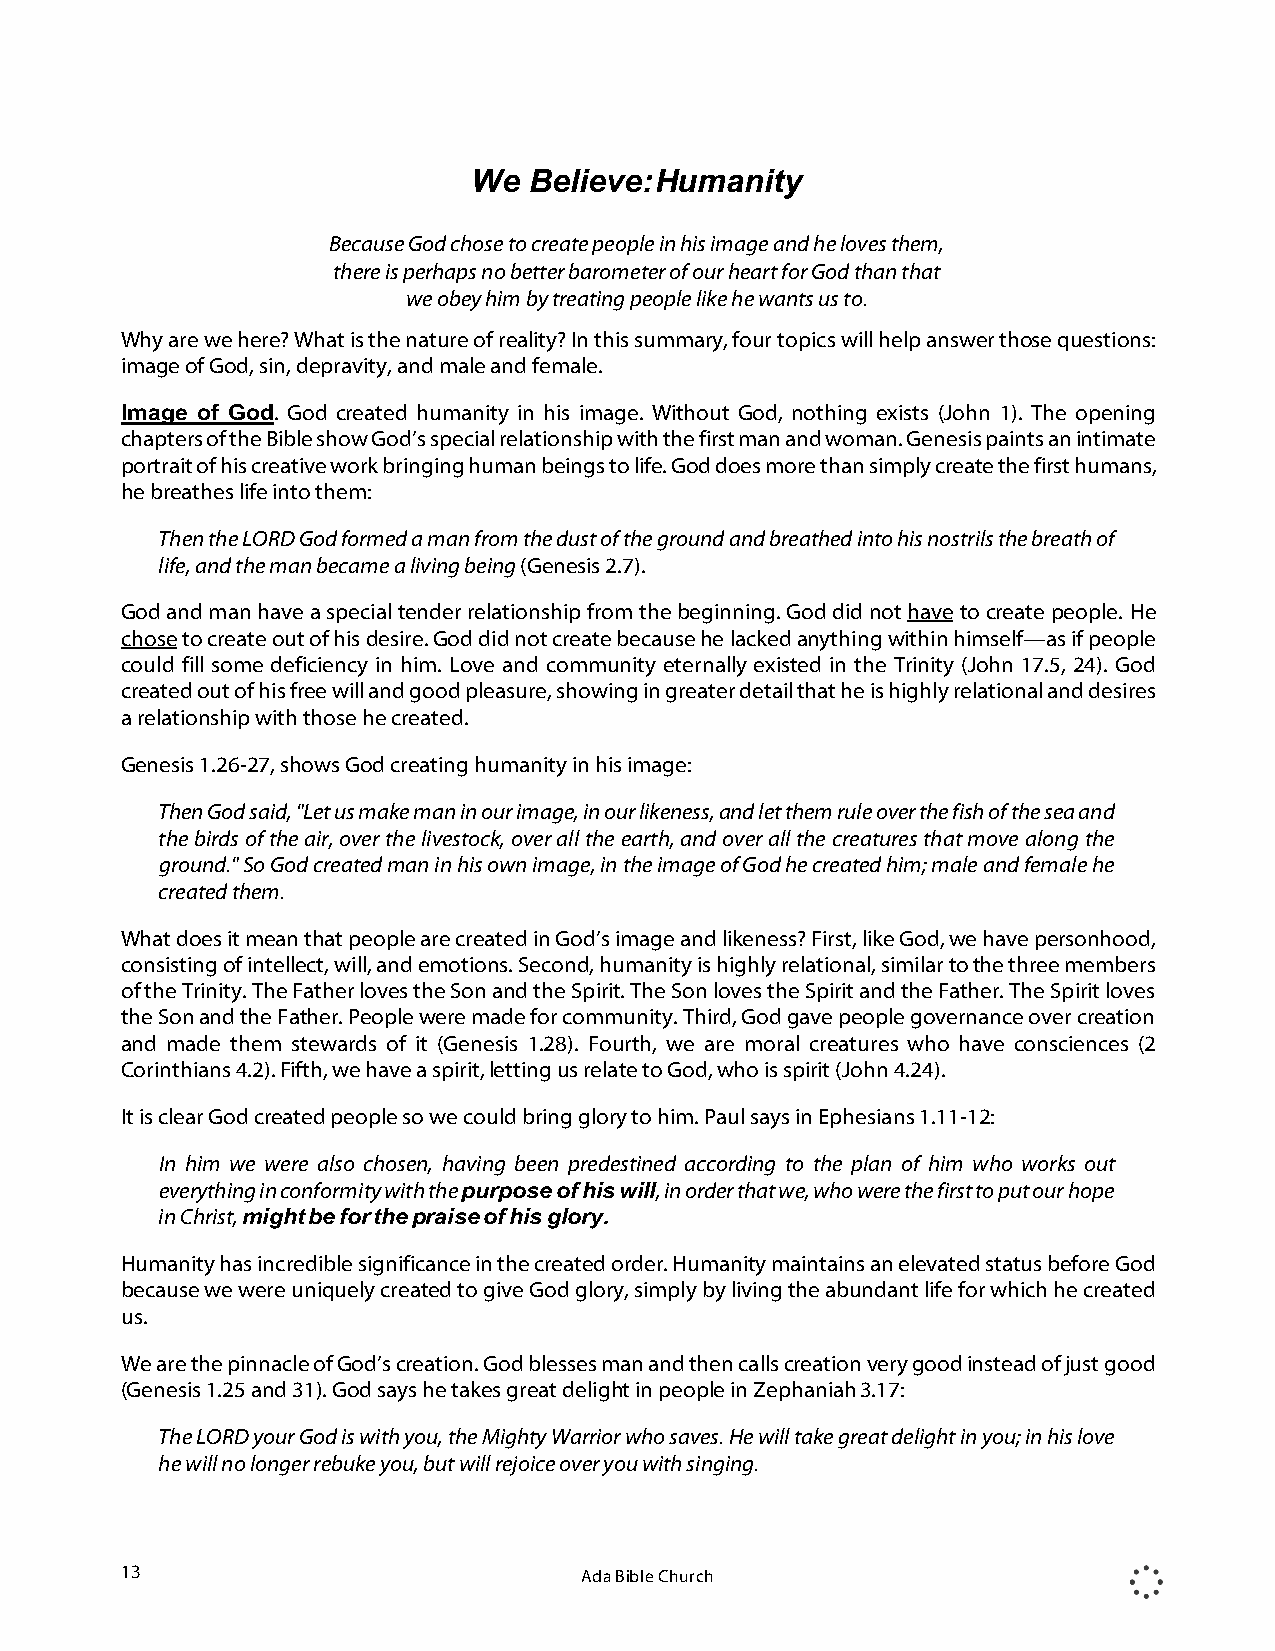
We  Believe: Humanity
 Because God chose to create people in his image and he loves them,
 there is perhaps no better barometer of our heart for God than that
 we obey him by treating people like he wants us to.
 Why are we here? What is the nature of reality? In this summary, four topics will help answer those questions:
 image of God, sin, depravity, and male and female.
 Image of God. God created humanity in his image. Without God, nothing exists (John 1). The opening
 chapters of the Bible show God’s special relationship with the first man and woman. Genesis paints an intimate
 portrait of his creative work bringing human beings to life. God does more than simply create the first humans,
 he breathes life into them:
 Then the LORD God formed a man from the dust of the ground and breathed into his nostrils the breath of
 life, and the man became a living being (Genesis 2.7).
 God and man have a special tender relationship from the beginning. God did not have to create people. He
 chose to create out of his desire. God did not create because he lacked anything within himself—as if people
 could fill some deficiency in him. Love and community eternally existed in the Trinity (John 17.5, 24). God
 created out of his free will and good pleasure, showing in greater detail that he is highly relational and desires
 a relationship with those he created.
 Genesis 1.26-27, shows God creating humanity in his image:
 Then God said, "Let us make man in our image, in our likeness, and let them rule over the fish of the sea and
 the birds of the air, over the livestock, over all the earth, and over all the creatures that move along the
 ground." So God created man in his own image, in the image of God he created him; male and female he
 created them.
 What does it mean that people are created in God’s image and likeness? First, like God, we have personhood,
 consisting of intellect, will, and emotions. Second, humanity is highly relational, similar to the three members
 of the Trinity. The Father loves the Son and the Spirit. The Son loves the Spirit and the Father. The Spirit loves
 the Son and the Father. People were made for community. Third, God gave people governance over creation
 and made them stewards of it (Genesis 1.28). Fourth, we are moral creatures who have consciences (2
 Corinthians 4.2). Fifth, we have a spirit, letting us relate to God, who is spirit (John 4.24).
 It is clear God created people so we could bring glory to him. Paul says in Ephesians 1.11-12:
 In him we were also chosen, having been predestined according to the plan of him who works out
 everything in conformity with the purpose of his will, in order that we, who were the first to put our hope
 in Christ, might be for the praise of his glory.
 Humanity has incredible significance in the created order. Humanity maintains an elevated status before God
 because we were uniquely created to give God glory, simply by living the abundant life for which he created
 us.
 We are the pinnacle of God’s creation. God blesses man and then calls creation very good instead of just good
 (Genesis 1.25 and 31). God says he takes great delight in people in Zephaniah 3.17:
 The LORD your God is with you, the Mighty Warrior who saves. He will take great delight in you; in his love
 he will no longer rebuke you, but will rejoice over you with singing.
 13                            Ada Bible Church